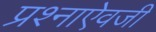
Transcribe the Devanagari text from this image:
प्रश्नाऐवजी